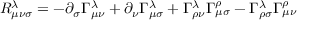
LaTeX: R _ { \mu \nu \sigma } ^ { \lambda } = - \partial _ { \sigma } \Gamma _ { \mu \nu } ^ { \lambda } + \partial _ { \nu } \Gamma _ { \mu \sigma } ^ { \lambda } + \Gamma _ { \rho \nu } ^ { \lambda } \Gamma _ { \mu \sigma } ^ { \rho } - \Gamma _ { \rho \sigma } ^ { \lambda } \Gamma _ { \mu \nu } ^ { \rho }